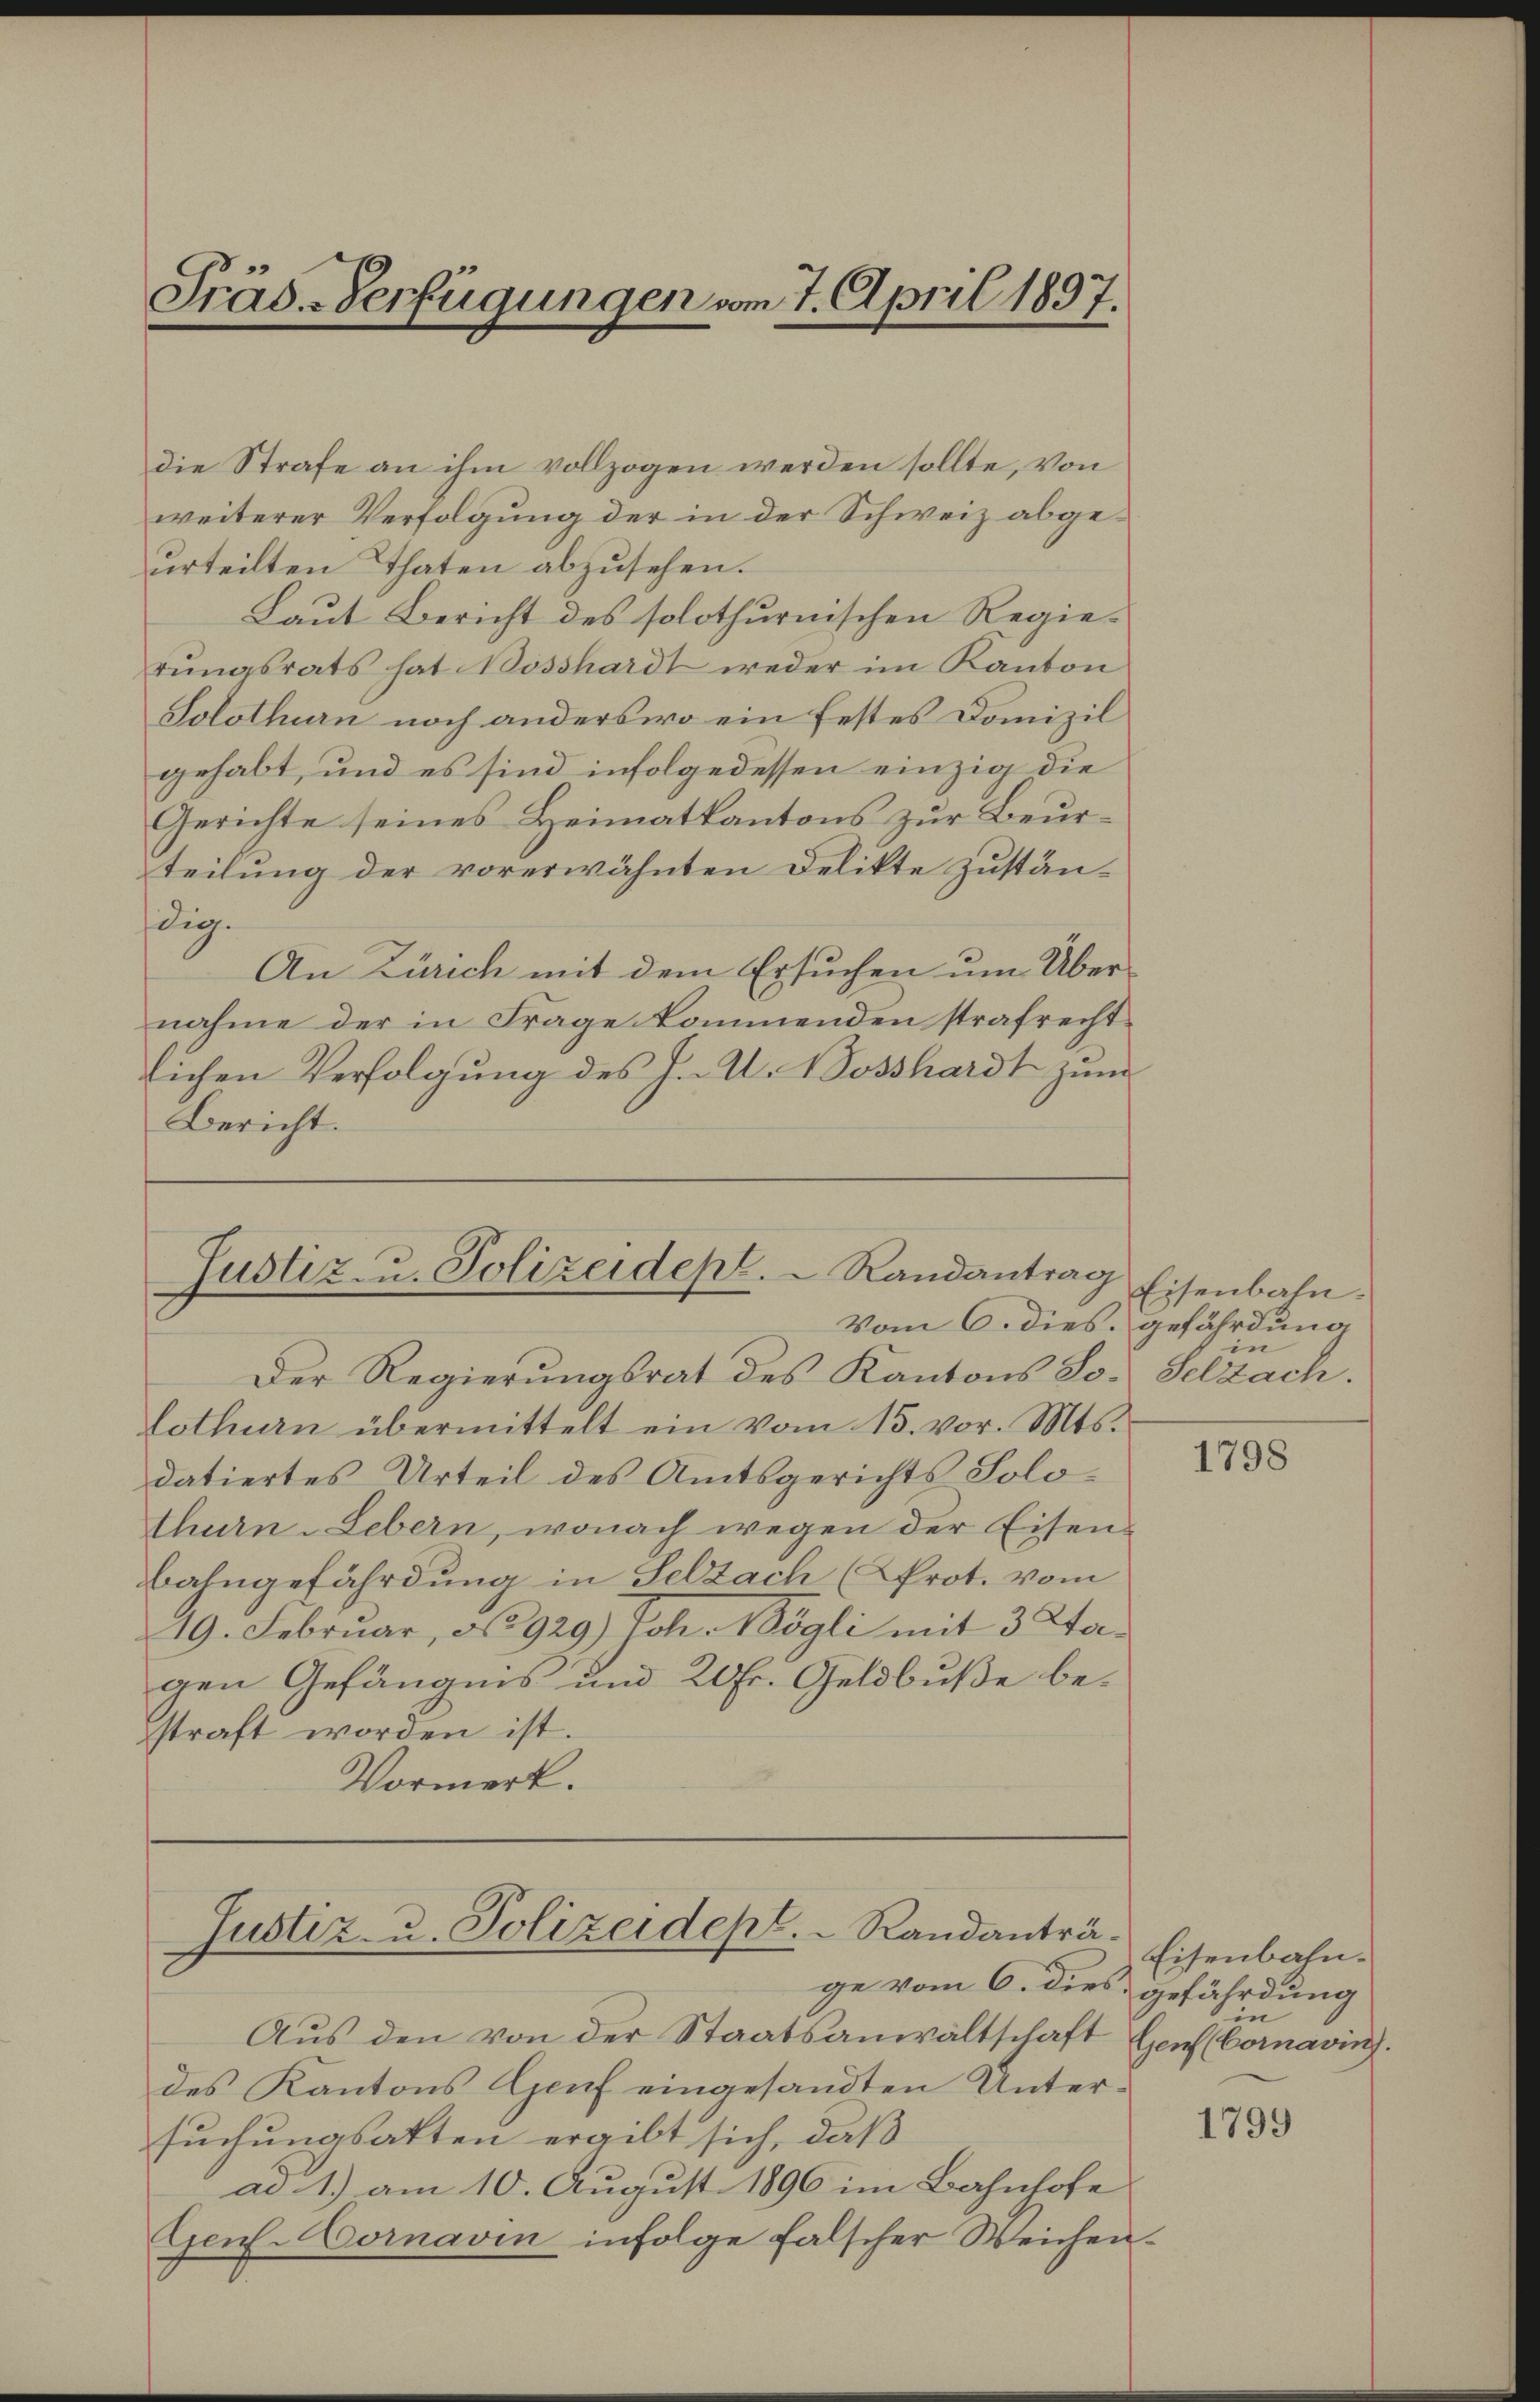
Präs.-Verfügungen vom 7. April 1897.

die Strafe an ihm vollzogen werden sollte, von
weiterer Verfolgung der in der Schweiz abgeurteilten Thaten abzusehen.
Laut Bericht des solothurnischen Regierungsrats hat Bosshardt weder im Kanton
Solothurn noch anderswo ein festes Domizil
gehabt, und es sind infolgedessen einzig die
Gerichte seines Heimatkantons zur Beurteilung der vorerwähnten Delikte zuständig.
An Zürich mit dem Ersuchen um Übernahme der in Frage kommenden strafrechtlichen Verfolgung des J. A. Bosshardt zum
Bericht.

Justiz- u. Polizeidept.  Randantrag
Vom 6. dies gefährdung

Der Regierungsrat des Kantons So. Selzach.
lothurn übermittelt ein vom 13. vor. Mts.
datiertes Urteil des Amtsgerichts Solothurn-Lebern, wonach wegen der Eisen-
bahngefährdung in Selzach (Prot. vom
19. Februar, No 929.) Joh. Mögli mit 3 Stagen Gefängnis und 20 Fr. Geldbuße bestraft worden ist.
Vormerk.

Justiz- u. Polizeidept.   Randanträge vom 6. dies gefährdung

Aus den von der Staatsanwaltschaft Hen (Cornavin).
des Kantons Genf eingesandten Untersuchungsatten ergibt sich, daß
ad 1.) am 10. August 1896 im Bahnhofe
Genf. Cornavin infolge falscher Weichen¬

Eisenbahn.
in

1798

Eisenbahn.
in

1799